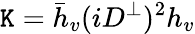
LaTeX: {\cal\mathtt{K}}=\bar{{h}}_{v}(iD^{\perp})^{2}h_{v}